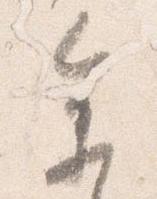
参